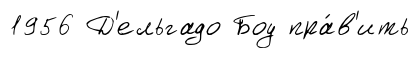
1956 Д'ельгадо Боу пра́в'ить